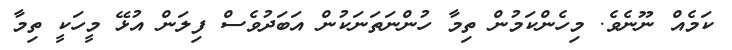
ކަމެއް ނޫނެވެ. މިހެންކަމުން ތިމާ ހުންނަތަނަކުން އަބަދުވެސް ފިލަން އުޅޭ މީހަކީ ތިމާ